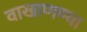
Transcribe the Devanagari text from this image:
वाखाणण्या